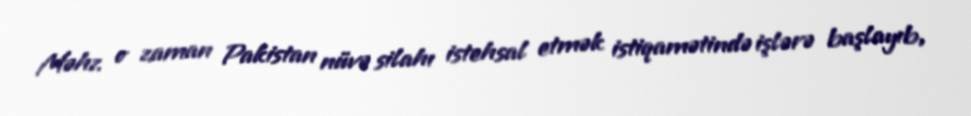
Məhz o zaman Pakistan nüvə silahı istehsal etmək istiqamətində işlərə başlayıb,